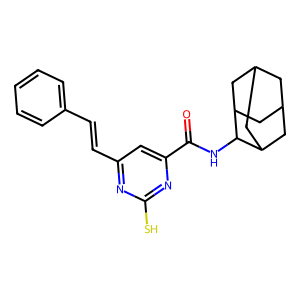
SMILES: O=C(NC1C2CC3CC(C2)CC1C3)c1cc(C=Cc2ccccc2)nc(S)n1
Inhibits HIV replication: No